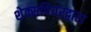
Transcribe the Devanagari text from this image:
शेक्सपियरद्वारा